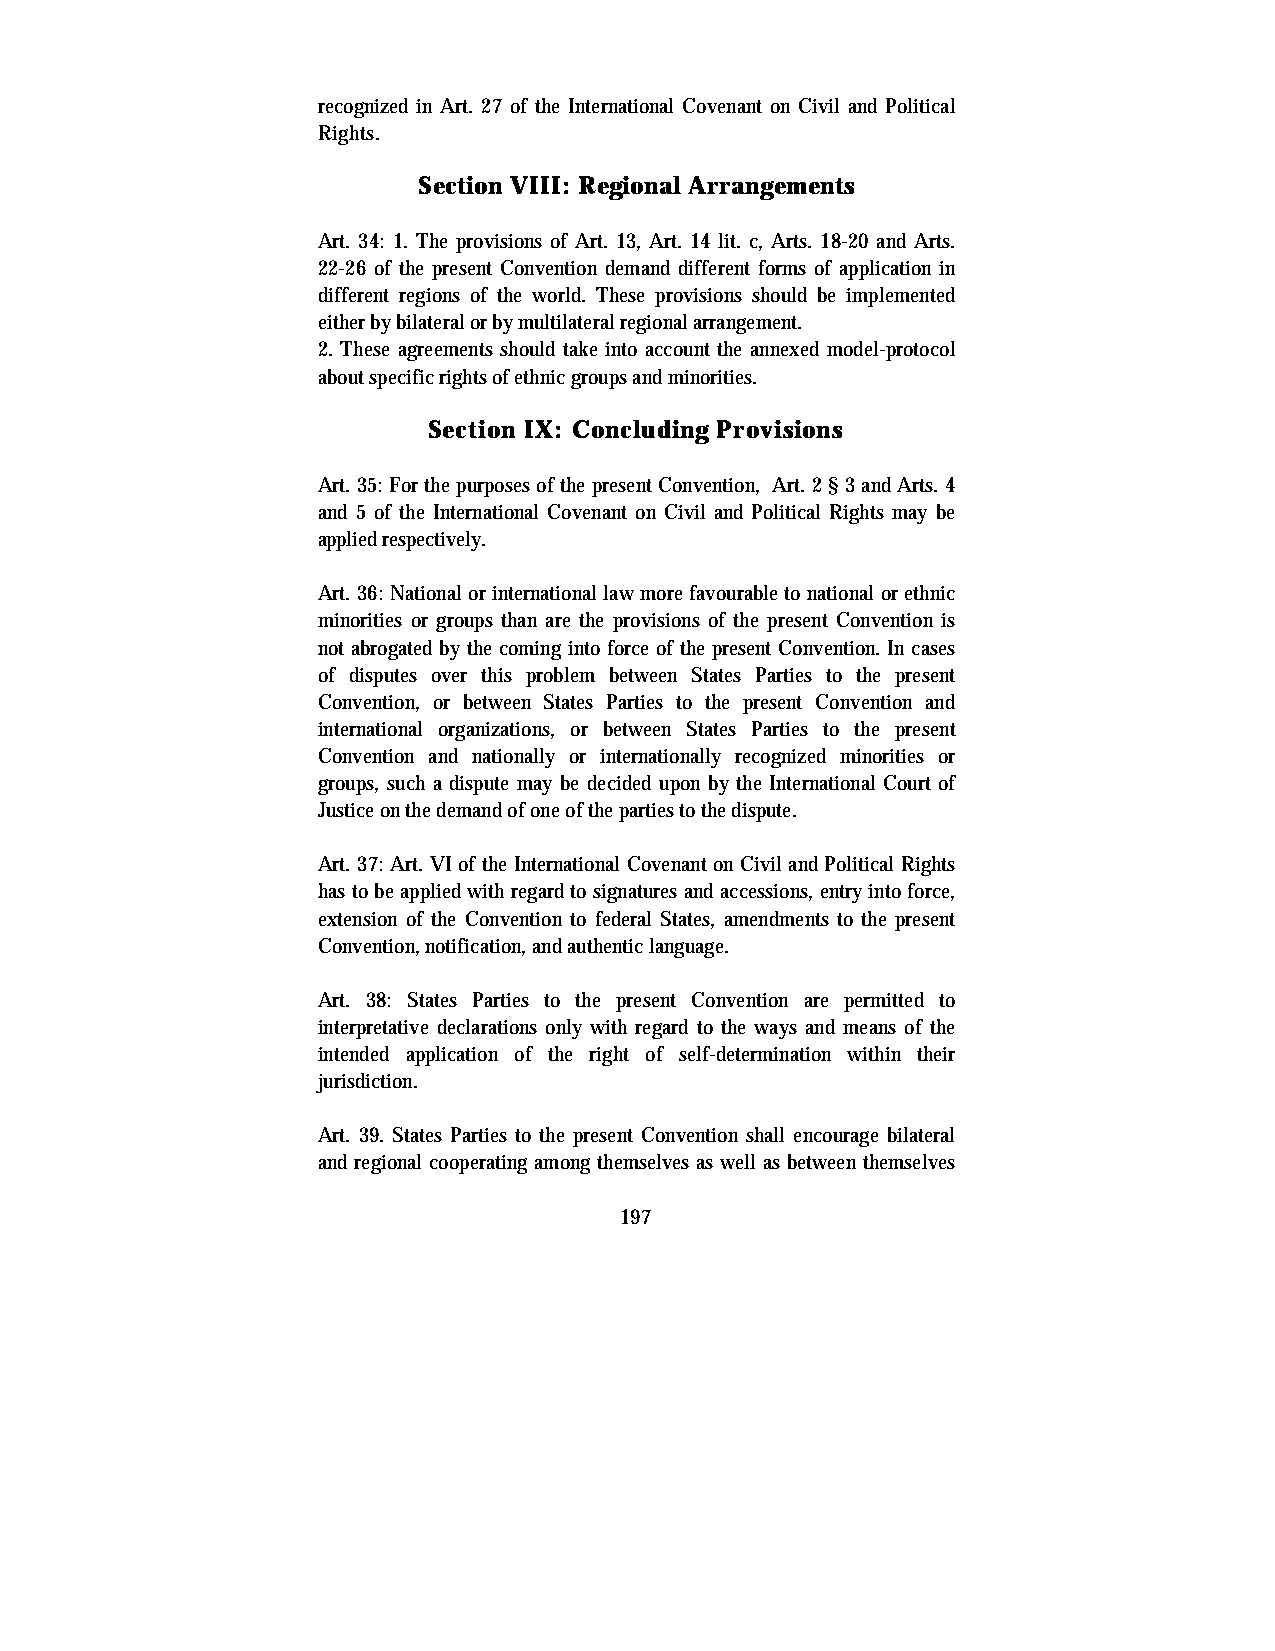
recognized in Art. 27 of the International Covenant on Civil and Political
 Rights.
 Section VIII: Regional Arrangements
 Art. 34: 1. The provisions of Art. 13, Art. 14 lit. c, Arts. 18-20 and Arts.
 22-26 of the present Convention demand different forms of application in
 different regions of the world. These provisions should be implemented
 either by bilateral or by multilateral regional arrangement.
 2. These agreements should take into account the annexed model-protocol
 about specific rights of ethnic groups and minorities.
 Section IX: Concluding Provisions
 Art. 35: For the purposes of the present Convention, Art. 2 § 3 and Arts. 4
 and 5 of the International Covenant on Civil and Political Rights may be
 applied respectively.
 Art. 36: National or international law more favourable to national or ethnic
 minorities or groups than are the provisions of the present Convention is
 not abrogated by the coming into force of the present Convention. In cases
 of disputes over this problem between States Parties to the present
 Convention, or between States Parties to the present Convention and
 international organizations, or between States Parties to the present
 Convention and nationally or internationally recognized minorities or
 groups, such a dispute may be decided upon by the International Court of
 Justice on the demand of one of the parties to the dispute.
 Art. 37: Art. VI of the International Covenant on Civil and Political Rights
 has to be applied with regard to signatures and accessions, entry into force,
 extension of the Convention to federal States, amendments to the present
 Convention, notification, and authentic language.
 Art. 38: States Parties to the present Convention are permitted to
 interpretative declarations only with regard to the ways and means of the
 intended application of the right of self-determination within their
 jurisdiction.
 Art. 39. States Parties to the present Convention shall encourage bilateral
 and regional cooperating among themselves as well as between themselves
 197